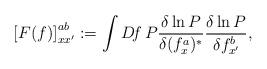
LaTeX: \begin{align*}\left[ F(f)\right]^{ab}_{xx'} :=\int D\! f\, P\frac{\delta\ln P}{\delta(f^a_x)^*}\frac{\delta\ln P}{\delta f^b_{x'}} ,\end{align*}